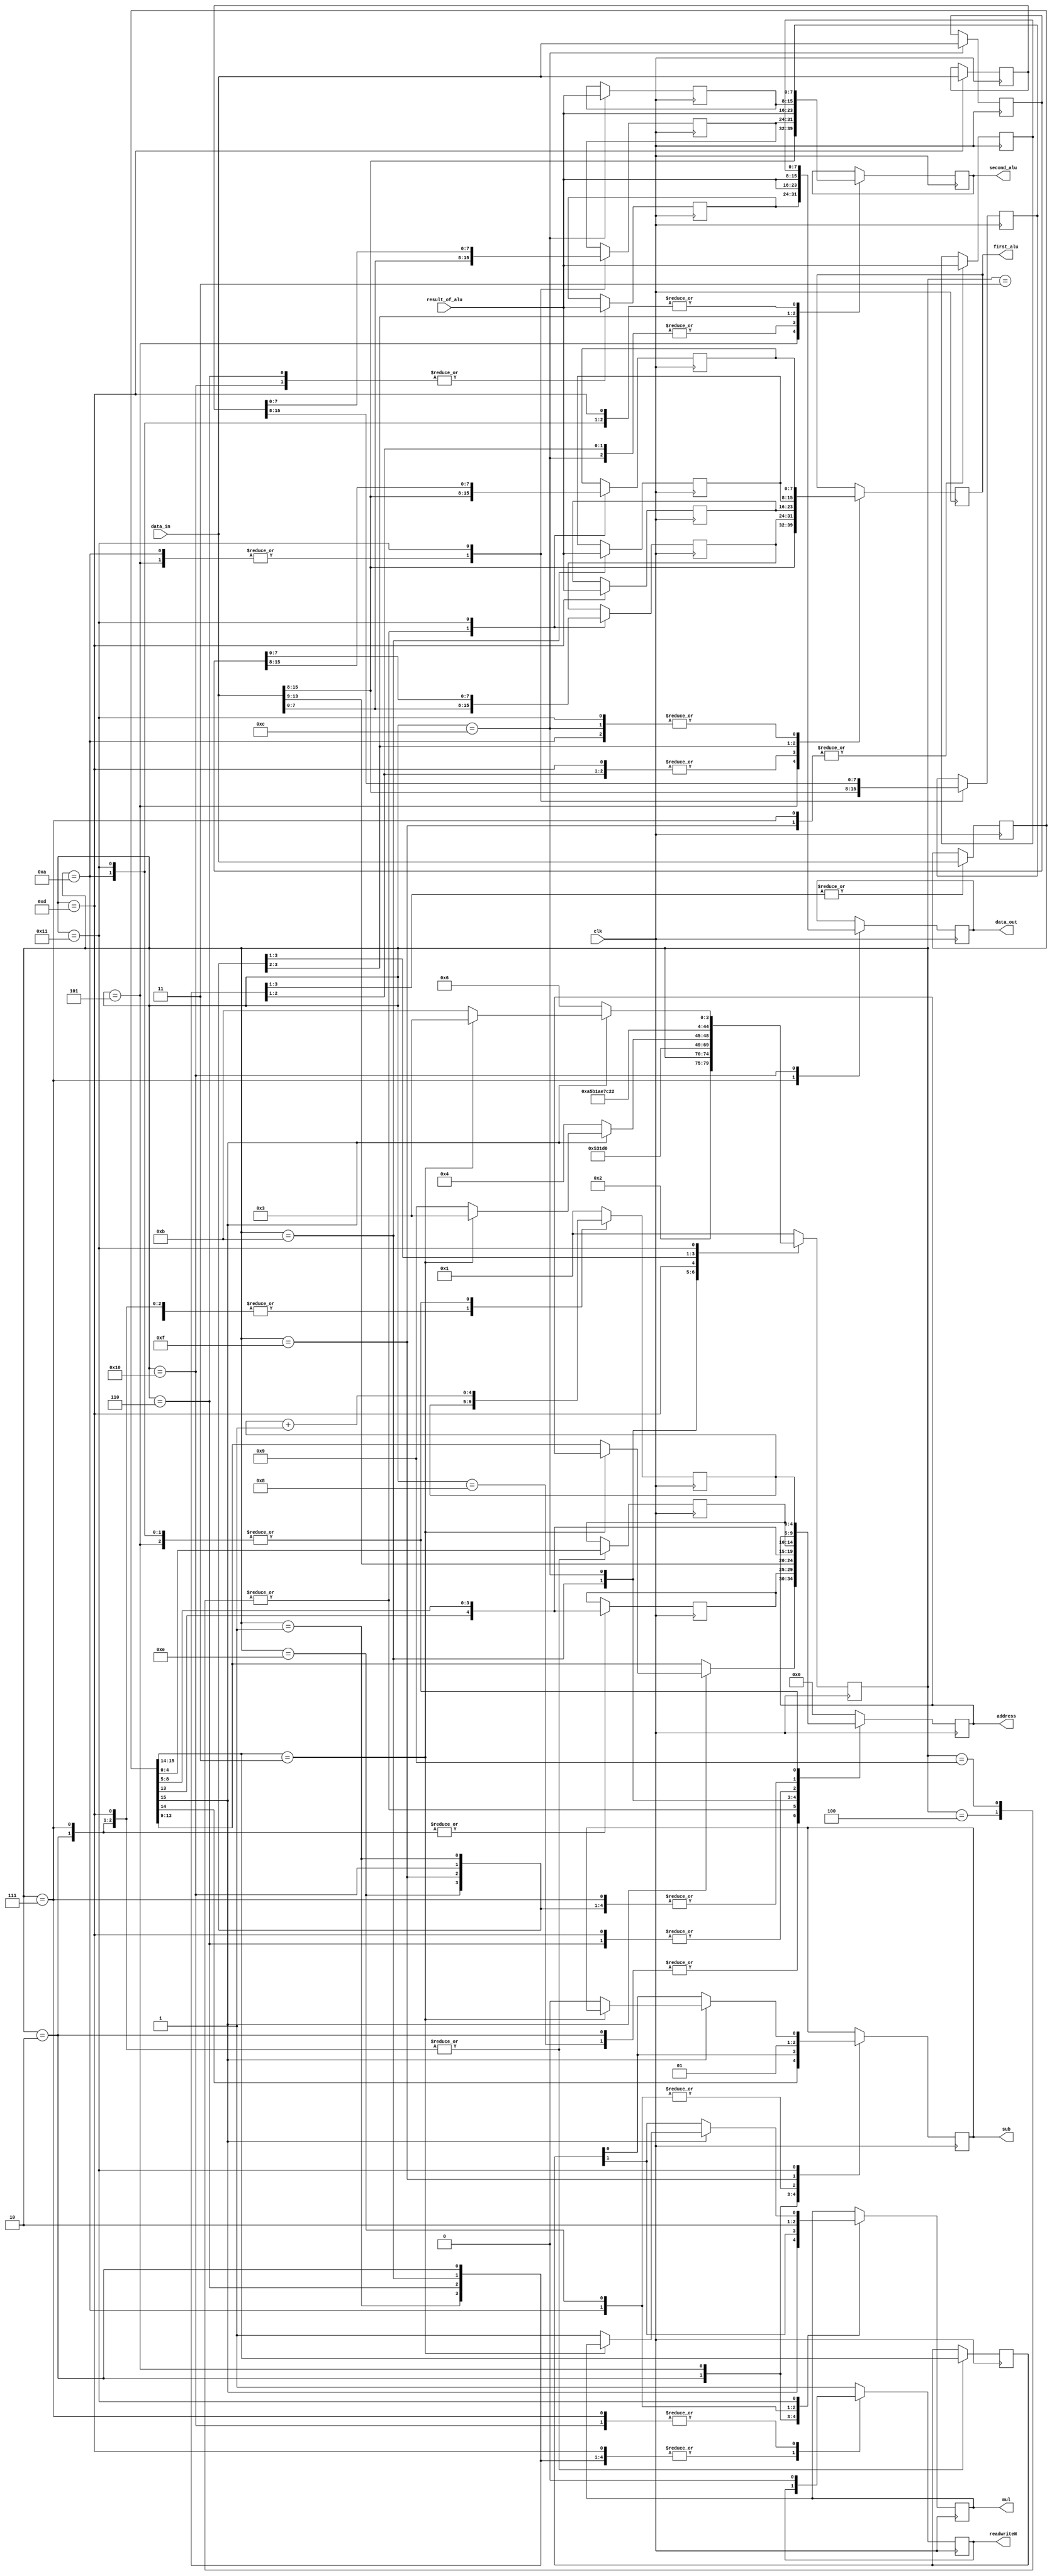
module pipeline (
    clk,            // incoming clock
    data_in,        // data read from Memory
    data_out,       // data to be written in Memory
    readwriteN,     // if 0 data will be writen else data will be read
    address,        // the access address of memory
    result_of_alu,  // attributes for ALU
    first_alu,
    second_alu,
    mul,
    sub
);

input wire clk;
input wire [15:0] data_in;
output reg [15:0] data_out;
output reg readwriteN = 1;
output reg [4:0] address;

// for the ALU
input wire [7:0] result_of_alu;
output reg [7:0] first_alu, second_alu;
output reg mul, sub;

// Define parameters for increase the readability of the code
parameter INIT = 5'd0;
parameter FETCH1 = 5'd1;
parameter DECODE1 = 5'd2;
parameter ENDS = 5'd3;
parameter ASREAD1 = 5'd4;
parameter ASREAD2 = 5'd5;
parameter ASADD1 = 5'd6;
parameter ASADD2 = 5'd7;
parameter ASWRITE = 5'd8;
parameter MREAD1 = 5'd9;
parameter MREAD2 = 5'd10;
parameter MMUL1 = 5'd11;
parameter MMUL2 = 5'd12;
parameter MMUL3 = 5'd13;
parameter MMUL4 = 5'd14;
parameter MADD = 5'd15;
parameter MSUB = 5'd16;
parameter MWRITE = 5'd17;

// Current State of Machine
reg [4:0] current_state = 5'd0;
// Program Counter
reg [4:0] pc;
// Instruction Register
reg [15:0] ir;

// Instruction Parts
reg [4:0] first_address, second_address, result_address;
reg [1:0] opcode;

// Arithmatic Registers
reg [7:0]   first_re /* real part of first number */,
            first_im /* imagenary part of first number */, 
            second_re, 
            second_im,
            result_re,
            result_im;

// Temperoary regiters to keep multipplication and addition results
reg [7:0] temp [3:0];
reg [15:0] pre_num [1:0];


always @(posedge clk) begin
    case (current_state)
        INIT: begin     // inititate the module for the first time
            pc <= 5'b00001;
            readwriteN <= 1;
            address <= 5'b00000;
            current_state <= FETCH1;
        end

        FETCH1: begin   // fetch the first instruction
            ir <= data_in;
            current_state <= DECODE1;
        end

        DECODE1: begin  // decoding the first insteruction
            // decode and partition the ir and free the ir for nect instruction to be fetched
            opcode <= ir[15:14]; 
            first_address <= {ir[13],ir[12:9]};
            second_address <= {ir[13],ir[8:5]};
            result_address <= ir[4:0];
            mul <= ir[15];
            sub <= ir[14];
            // if Add or Sub was the instruction
            if (ir[15] == 0) begin
                current_state <= ASREAD1;       // next state is reading the first number
                address <= {ir[13],ir[12:9]};   // prepare address for reading first
            end 

            // if EndInstruction Reached
            else if (ir[15:14] == 2'b11) begin
                current_state <= ENDS;          // next state is ENDState
            end

            // if multiplication instruction were there 
            else begin 
                current_state <= MREAD1;        // prepare for reading first number
                address <= {ir[13],ir[12:9]};
            end
        end


        ENDS: begin
            // Nothing Happens
        end

        ASREAD1: begin  // Reading first number for addition
            first_re <= data_in[15:8];  // partiiotn the number read into imaginary and real parts
            first_im <= data_in[7:0];
            address  <= second_address; // prepare to read the second number
            current_state <= ASREAD2;
        end

        ASREAD2: begin
            second_re <= data_in[15:8]; // partiiotn the number read into imaginary and real parts
            second_im <= data_in[7:0];
            
            address <= pc;              // prepare address to fetch the next instruction
            pc <= pc + 1;               // add to program counter

            first_alu <= data_in[15:8];      // set the first parameter of the ALU to real part of first number
            second_alu <= data_in[15:8];    // ... of second number
            
            mul <= opcode[1];           // set the mode of ALU by opcode
            sub <= opcode[0];
            
            current_state <= ASADD1;
        end

        ASADD1: begin
            result_re <= result_of_alu; // the result of add/sub is the real part of result
            
            first_alu <= first_im;
            second_alu <= second_im;

            ir <= data_in;              // fetching next instruction
            address <= result_address;  // save the address that we can store the result immediatly after last addition

            current_state <= ASADD2;
        end

        ASADD2: begin
            result_im <= result_of_alu; // the result of add/sub is the imagenary part of result

            opcode <= ir[15:14];        // decoding next instruciton
            first_address <= {ir[13],ir[12:9]};
            second_address <= {ir[13],ir[8:5]};
            result_address <= ir[4:0];

            data_out <= {result_re, result_of_alu};  // prepare the result to be written
            readwriteN <= 1'b0;

            current_state <= ASWRITE;
        end

        ASWRITE: begin
            readwriteN <= 1'b1;
            
            // if Add or Sub was the instruction
            if (ir[15] == 0) begin
                current_state <= ASREAD1;       // next state is reading the first number
                address <= {ir[13],ir[12:9]};   // prepare address for reading first
            end 

            // if EndInstruction Reached
            else if (ir[15:14] == 2'b11) begin
                current_state <= ENDS;          // next state is ENDState
            end

            // if multiplication instruction were there 
            else begin 
                current_state <= MREAD1;        // prepare for reading first number
                address <= {ir[13],ir[12:9]};
            end
        end

        MREAD1: begin
            first_re <= data_in[15:8];  // partiiotn the number read into imaginary and real parts
            first_im <= data_in[7:0];
            address  <= second_address; // prepare to read the second number
            current_state <= MREAD2;
        end

        MREAD2: begin
            second_re <= data_in[15:8]; // partiiotn the number read into imaginary and real parts
            second_im <= data_in[7:0];
            
            address <= pc;              // prepare address to fetch the next instruction
            pc <= pc + 1;               // add to program counter

            first_alu <= first_re;      // set the first parameter of the ALU to real part of first number
            second_alu <= second_re;    // ... of second number
            
            mul <= 1'b1;           // set the mode of ALU to multiplication
            sub <= 1'b0;
            
            current_state <= MMUL1;
        end

        MMUL1: begin
            temp[0] <= result_of_alu;   // first multiplication (ac)

            first_alu <= first_im;      // prepare c and d for next multiplication
            second_alu <= second_im;

            ir <= data_in;              // fetch the next instruction
            
            // address of first number
            address <= {data_in[13],data_in[12:9]};
            
            current_state <= MMUL2;
        end

        MMUL2: begin
            temp[1] <= result_of_alu;   // second product (bd)

            first_alu <= first_re;      // prepare for next production
            second_alu <= second_im;

            pre_num[0] <= data_in;      // store the first number of next instruction
            address <= {ir[13],ir[8:5]};  // prepare for reading next second number

            current_state <= MMUL3;
        end

        MMUL3: begin
            temp[2] <= result_of_alu;   // third product (ad)

            first_alu <= first_im;      // prepare for 4th product
            second_alu <= second_re;    

            pre_num[1] <= data_in;      // store the second number of next instruction
            address <= result_address;   // store the result address of the current insreution that
                                        // we can decode the next instruction
            
            opcode <= ir[15:14];        // decoding next instruciton
            result_address <= ir[4:0];  // first and second address are trash becuase we retrived the numbers

            current_state <= MMUL4;
        end

        MMUL4: begin
            temp[3] <= result_of_alu;   // 4th product (cb)

            first_alu <= temp[2];       // prepare for addition of third and 4th product (ad + cb)
            second_alu <= result_of_alu;

            mul <= 1'b0;                // set alu mode to addition            
            sub <= 1'b0;

            current_state <= MADD;
        end

        MADD: begin
            result_im <= result_of_alu; // ad + cb is the imaginary part of the production

            first_alu <= temp[0];       // ac
            second_alu <= temp[1];      // bd

            sub <= 1'b1;                // set alu mode to subtraction

            current_state <= MSUB;
        end

        MSUB: begin
            result_re <= result_of_alu; // ac - bd is the real part of answer

            // prepare the writing data
            data_out <= {result_of_alu, result_im};
            readwriteN <= 1'b0;

            current_state <= MWRITE;
        end

        MWRITE: begin
            readwriteN <= 1'b1;         // change to read mode
            first_re <= pre_num[0][15:8];   // load preloadded numbers
            first_im <= pre_num[0][7:0];
            second_re <=  pre_num[1][15:8];
            second_im <=  pre_num[1][7:0];
                
            address <= pc;              // prepare address to fetch the next instruction
            pc <= pc + 1;               // add to program counter

            first_alu <= first_re;      // set the first parameter of the ALU to real part of first number
            second_alu <= second_re;    // ... of second number

            // if Add or Sub was the instruction
            if (ir[15] == 0) begin
                current_state <= ASADD1;       // next state is adding real parts because numbers are read
                
                mul <= opcode[1];           // set the mode of ALU by opcode
                sub <= opcode[0];
            end 

            // if EndInstruction Reached
            else if (ir[15:14] == 2'b11) begin
                current_state <= ENDS;          // next state is ENDState
            end

            // if multiplication instruction were there 
            else begin 
                current_state <= MMUL1;        // prepare for reading first number
                
                mul <= 1'b1;                   // set the mode of ALU to multiplication
                sub <= 1'b0;
            end
        end
        default: begin
            pc <= 5'b00001;
            readwriteN <= 1;
            address <= 5'b00000;
            current_state <= FETCH1;
        end
    endcase
end

endmodule